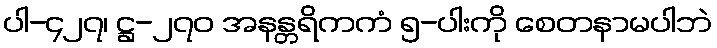
ပါ-၄၂၇၊ ဋ္ဌ-၂၇၀ အနန္တရိကကံ ၅-ပါးကို စေတနာမပါဘဲ